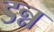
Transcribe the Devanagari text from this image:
डन्न